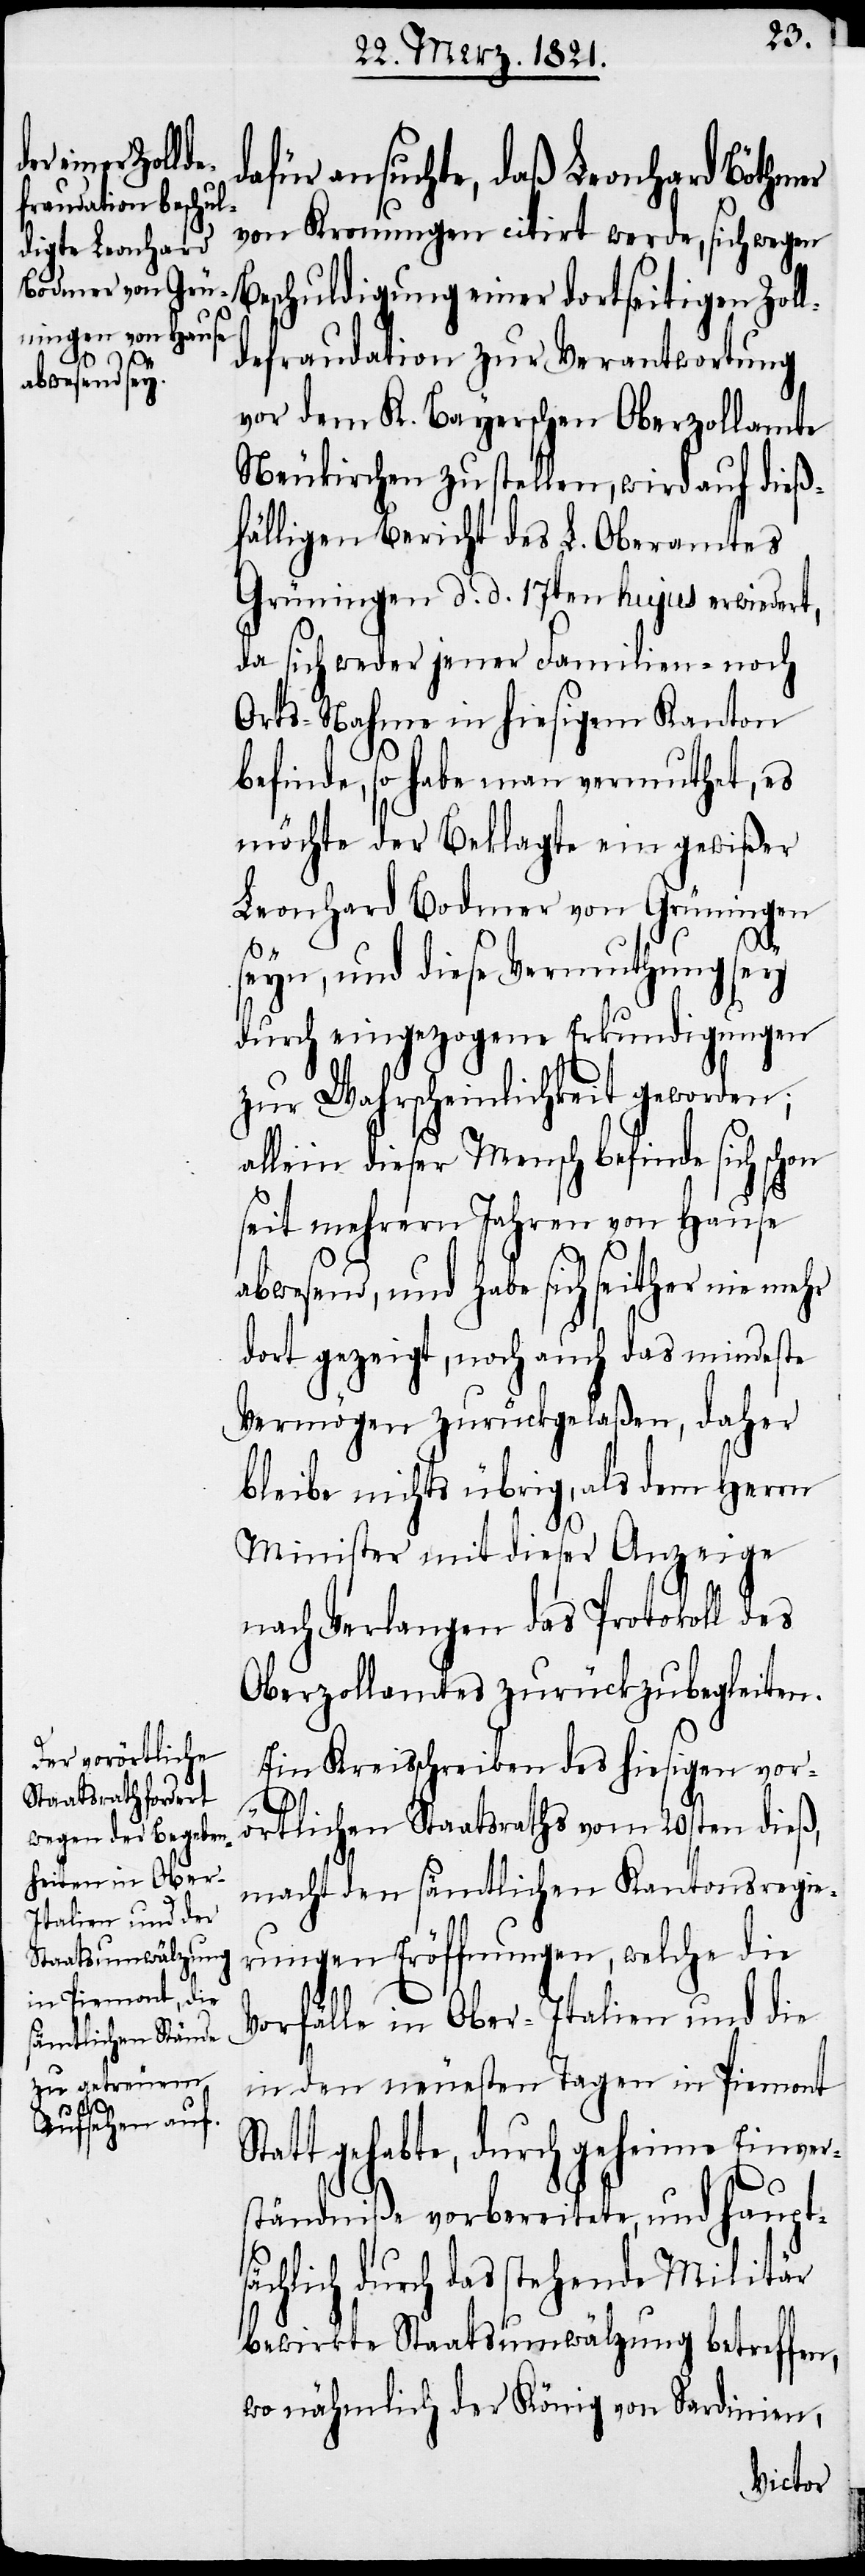
dafür ansuchte, daß Leonhard Böthmer
von Kronungen citirt werde, sich wegen
Beschuldigung einer dortseitigen Zoll¬
defraudation zur Verantwortung
vor dem K. Bayerschen Oberzollamte
Neukirchen zu stellen, wird auf dieß¬
fälligen Bericht des L. Oberamtes
Grüningen d. d. 17ten hujus erwiedert,
da sich weder jener Familien- noch
Orts-Nahme in hiesigem Kanton
befinde, so habe man vermuthet, es
möchte der Beklagte ein gewißer
Leonhard Bodmer von Grüningen
seyn, und diese Vermuthung sey
durch eingezogene Erkundigungen
zur Wahrscheinlichkeit geworden;
allein dieser Mensch befinde sich schon
seit mehrern Jahren von Hause
abwesend, und habe sich seither nie mehr
dort gezeigt, noch auch das mindeste
Vermögen zurückgelaßen, daher
bleibe nichts übrig, als dem Herrn
Minister mit dieser Anzeige
nach Verlangen das Protokoll des
Oberzollamtes zurückzubegleiten.
Ein Kreisschreiben des hiesigen vor¬
Sta¬
örtlichen Staatsrathes vom 20sten dieß,
macht den sämtlichen Kantonsregie¬
rungen Eröffnungen, welche die
Vorfälle in Ober-Italien und die
in den neuesten Tagen in Piemont
tt gehabte, durch geheime Einver¬
ständniße vorbereitete, und haupt¬
sächlich durch das stehende Militär
bewirkte Staatsumwälzung betreffen,
wo nähmlich der König von Sardinien,